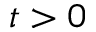
t > 0